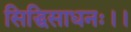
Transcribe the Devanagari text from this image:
सिद्धिसाधनः।।